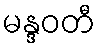
မန္ဒဝတီ